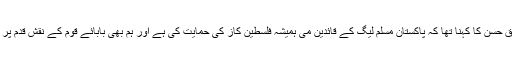
کانفرنس سے خطاب کرتے ہوئے سابق ڈپٹی میئر کراچی طارق حسن کا کہنا تھا کہ پاکستان مسلم لیگ کے قائدین می ہمیشہ فلسطین کاز کی حمایت کی ہے اور ہم بھی بابائے قوم کے نقش قدم پر چلتے ہوئے فلسطین کے مظلوم عوام کو تنہا نہیں چھوڑیں گے۔